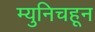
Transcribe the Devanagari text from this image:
म्युनिचहून